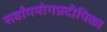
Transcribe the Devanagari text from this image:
सर्वांगयोगप्रदीपिका